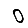
Digit: 0